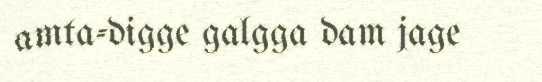
amta-digge galgga dam jage